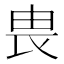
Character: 𪽉